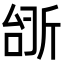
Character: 𫿺